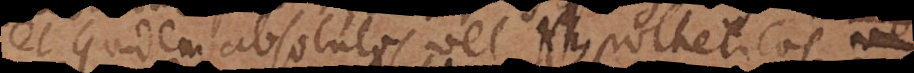
et quidem absolutos vel Hypotheticos